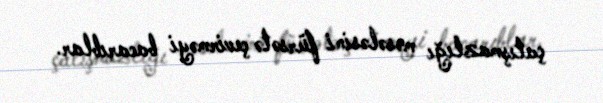
çatışmazlığı məsələsini fürsətə çevirməyi bacarıblar.